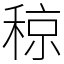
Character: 稤